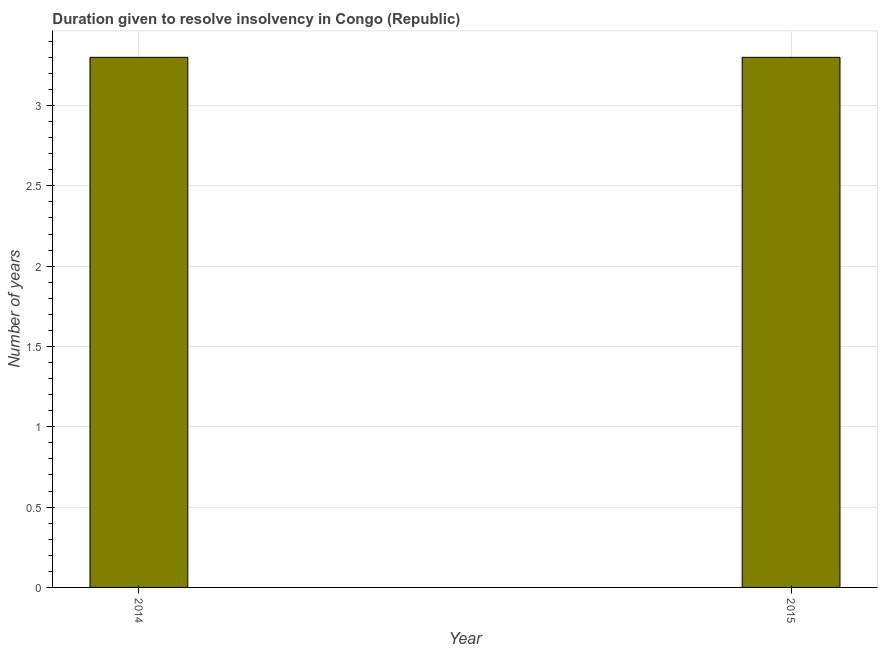
| Year | Resolve insolvency |
 | --- | --- |
 | 2014 | 3.3 |
 | 2015 | 3.3 |